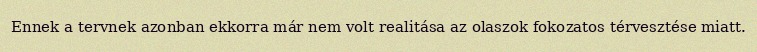
Ennek a tervnek azonban ekkorra már nem volt realitása az olaszok fokozatos térvesztése miatt.